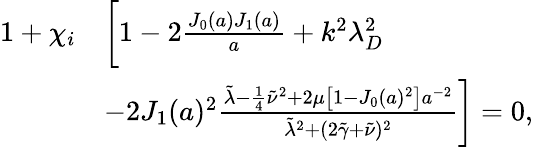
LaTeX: \begin{array}{rl}{1+\chi_{i}}&{\bigg[1-2\frac{J_{0}(a)J_{1}(a)}{a}+k^{2}\lambda_{D}^{2}}\\ &{-2J_{1}(a)^{2}\frac{\tilde{\lambda}-\frac{1}{4}\tilde{\nu}^{2}+2\mu\left[1-J_{0}(a)^{2}\right]a^{-2}}{\tilde{\lambda}^{2}+(2\tilde{\gamma}+\tilde{\nu})^{2}}\bigg]=0,}\end{array}